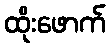
ထိုးဖောက်